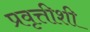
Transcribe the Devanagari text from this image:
प्रवृत्तीशी